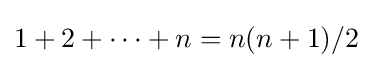
1+2+\dots +n=n(n+1)/2